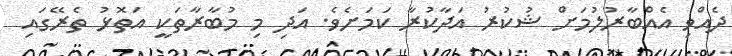
ދެއްވި އެއްބާރުލުމަށް ޝުކުރު އަދާކުރާ ކަމަށެވެ. އަދި މި މުބާރާތަކީ އަތޮޅު ތެރޭގައި